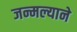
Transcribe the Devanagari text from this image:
जन्मल्याने